Report of the Indian Hemp Drugs Commission, 1894-1895 - Volume IV
Year: 1894
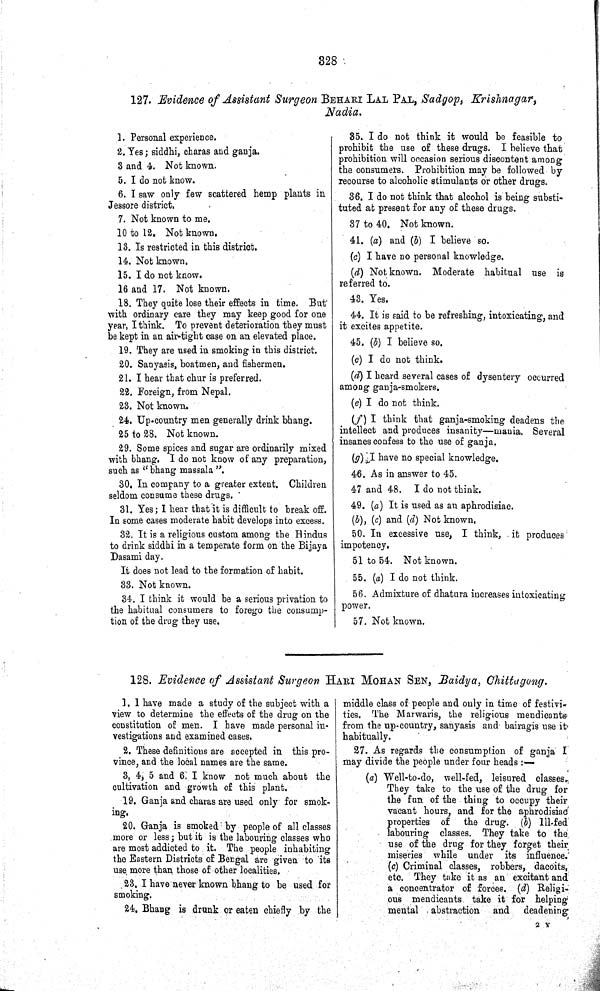
328
127. Evidence of Assistant Surgeon BEHARI LAL PAL, Sadgop, Krishnagar,
Nadia.
1. Personal experience.
2. Yes; siddhi, charas and ganja.
3 and 4. Not known.
5. I do not know.
6. I saw only few scattered hemp plants in
Jessore district.
7. Not known to me.
10 to 12. Not known.
13. Is restricted in this district.
14. Not known.
15. I do not know.
16 and 17. Not known.
18. They quite lose their effects in time. But
with ordinary care they may keep good for one
year, I think. To prevent deterioration they must
be kept in an air-tight case on an elevated place.
19. They are used in smoking in this district.
20. Sanyasis, boatmen, and fishermen.
21. I hear that chur is preferred.
22. Foreign, from Nepal.
23. Not known.
24. Up-country men generally drink bhang.
25 to 28. Not known.
29. Some spices and sugar are ordinarily mixed
with bhang. I do not know of any preparation,
such as "bhang massala".
30. In company to a greater extent. Children
seldom consume these drugs.
31. Yes; I hear that it is difficult to break off.
In some cases moderate habit develops into excess.
32. It is a religious custom among the Hindus
to drink siddhi in a temperate form on the Bijaya
Dasami day.
It does not lead to the formation of habit.
33. Not known.
34. I think it would be a serious privation to
the habitual consumers to forego the consump-
tion of the drug they use.
35. I do not think it would be feasible to
prohibit the use of these drugs. I believe that
prohibition will occasion serious discontent among
the consumers. Prohibition may be followed by
recourse to alcoholic stimulants or other drugs.
36. I do not think that alcohol is being substi-
tuted at present for any of these drugs.
37 to 40. Not known.
41. (a) and (b) I believe so.
(c) I have no personal knowledge.
(d) Not known. Moderate habitual use is
referred to.
43. Yes.
44. It is said to be refreshing, intoxicating, and
it excites appetite.
45. (b) I believe so.
(c) I do not think.
(d) I heard several cases of dysentery occurred
among ganja-smokers.
(e) I do not think.
(f) I think that ganja-smoking deadens the
intellect and produces insanity—mania. Several
insanes confess to the use of ganja.
(g) I have no special knowledge.
46. As in answer to 45.
47 and 48. I do not think.
49. (a) It is used as an aphrodisiac.
(b), (c) and (d) Not known.
50. In excessive use, I think, it produces
impotency.
51 to 54. Not known.
55. (a) I do not think.
56. Admixture of dhatura increases intoxicating
power.
57. Not known.
128. Evidence of Assistant Surgeon HARI MOHAN SEN, Baidya, Chittagong.
1. I have made a study of the subject with a
view to determine the effects of the drug on the
constitution of men. I have made personal in-
vestigations and examined cases.
2. These definitions are accepted in this pro-
vince, and the local names are the same.
3, 4, 5 and 6. I know not much about the
cultivation and growth of this plant.
19. Ganja and charas are used only for smok-
ing.
20. Ganja is smoked by people of all classes
more or less; but it is the labouring classes who
are most addicted to it. The people inhabiting
the Eastern Districts of Bengal are given to its
use more than those of other localities.
23. I have never known bhang to be used for
smoking.
24. Bhang is drunk or eaten chiefly by the
middle class of people and only in time of festivi-
ties. The Marwaris, the religious mendicants
from the up-country, sanyasis and bairagis use it-
habitually.
27. As regards the consumption of ganja I
may divide the people under four heads:—
(a) Well-to-do, well-fed, leisured classes.
They take to the use of the drug for
the fun of the thing to occupy their
vacant hours, and for the aphrodisiac
properties of
the drug. (b) Ill-fed
labouring classes. They take to the
use of the drug for they forget their
miseries while under its influence.
(c) Criminal classes, robbers, dacoits,
etc. They take it as an excitant and
a concentrator of forces. (d) Religi-
ous mendicants take it for helping
mental abstraction and
deadening
2 Y